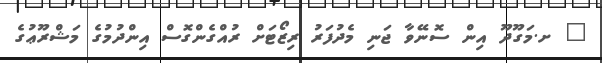
_ ށ.މަގޫދޫ އިން ސޮނޭވާ ޖަނި މެދުފަރު ރިޒޯޓަށް ރުއްގެންގޮސް އިންދުމުގެ މަޝްރޫޢުގެ